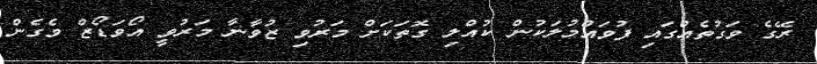
ރޭގެ ވަގުތެއްގައި ފުވައްމުލަކުން ކުއްލި ގޮތަކަށް މަރުވި ޒުވާނާ މަރުވީ އޯވަޑޯޒް ވެގެން